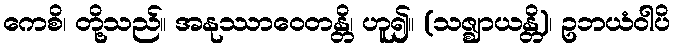
ကေစိ၊ တို့သည်။ အနုဿာဝေတန္တိ၊ ဟူ၍။ (သဇ္ဈာယန္တိ)၊ ဥဘယံဝါပိ